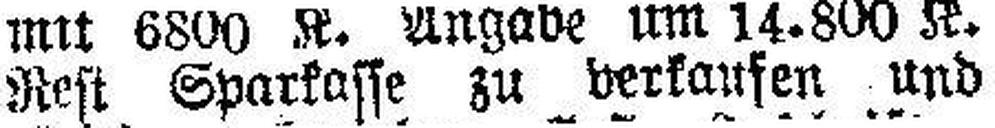
Rest Sparkasse zu verkaufen und